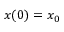
x ( 0 ) = x _ { 0 }